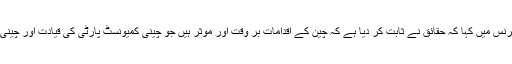
جیسا کہ چین کے اعلی ترین رہنما نے حال ہی میں ایک ٹیلی کانفرنس میں کہا کہ حقائق نے ثابت کر دیا ہے کہ چین کے اقدامات بر وقت اور مؤثر ہیں جو چینی کمیونسٹ پارٹی کی قیادت اور چینی خصوصیات کے حامل سوشلزم کی نمایان خوبی کی عکاسی ہے۔